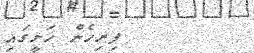
ފިރިހެން ހަށީގައި